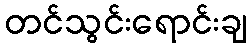
တင်သွင်းရောင်းချ